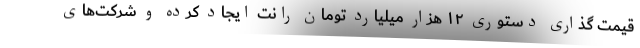
قیمت‌ گذاری دستوری ۱۲ هزار میلیارد تومان رانت ایجاد کرده و شرکت‌های